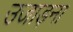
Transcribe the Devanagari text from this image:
उजाड़ना